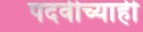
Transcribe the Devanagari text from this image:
पदवीच्याही